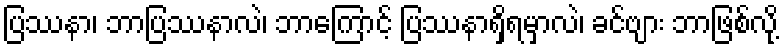
ပြဿနာ၊ ဘာပြဿနာလဲ၊ ဘာကြောင့် ပြဿနာရှိရမှာလဲ၊ ခင်ဗျား ဘာဖြစ်လို့